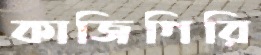
কাজিগিরি